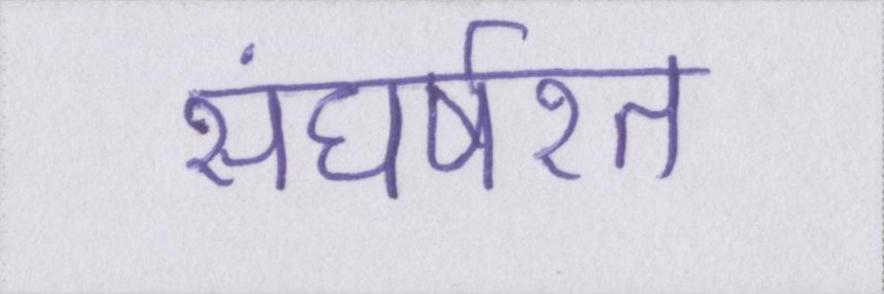
संघर्षरत